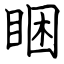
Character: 睏